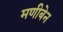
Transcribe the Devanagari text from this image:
मणीबेन